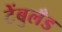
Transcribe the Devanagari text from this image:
टेंबुलँड